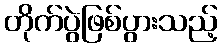
တိုက်ပွဲဖြစ်ပွားသည့်